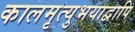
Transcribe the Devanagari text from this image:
कालमृत्युभयाद्वापि